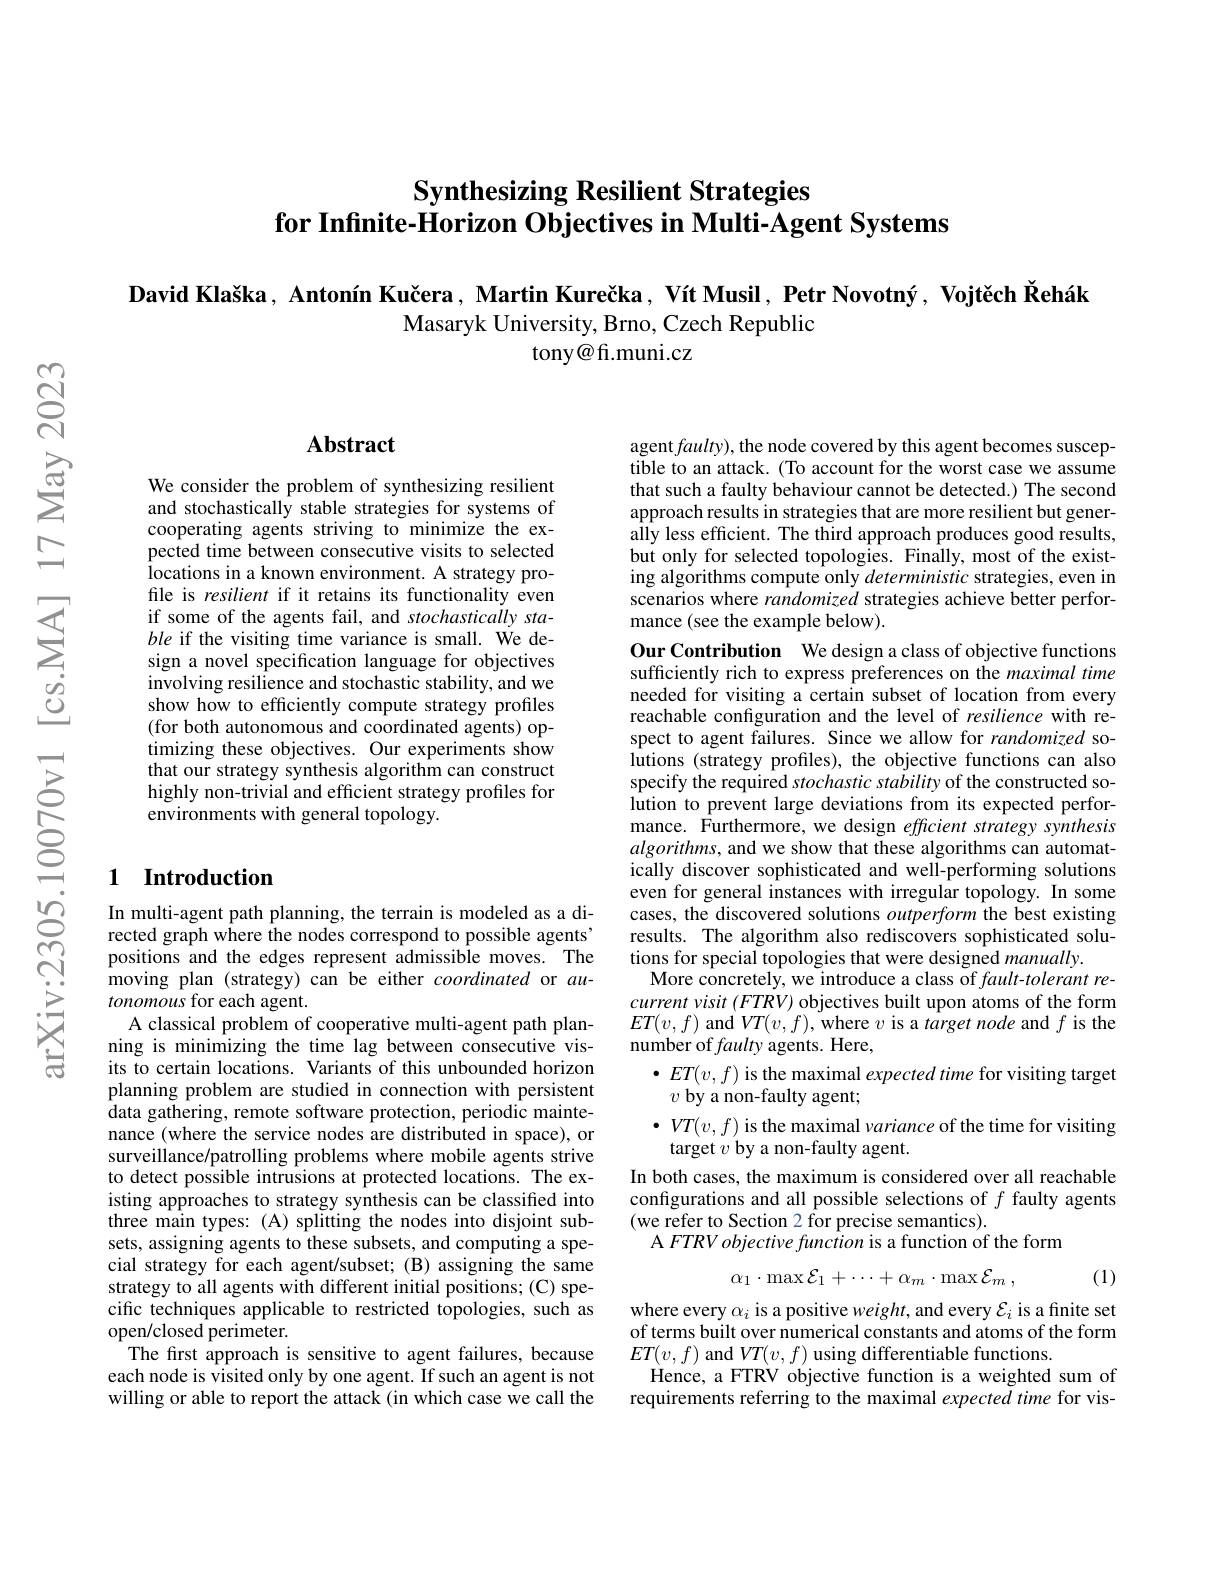
# Synthesizing Resilient Strategies for Infinite-Horizon Objectives in Multi-Agent Systems

David Klaška, Antonín Kučera, Martin Kurečka, Vít Musil, Petr Novotný, Vojtëch Šehák
Masaryk University, Brno, Czech Republic
tony@ fi.muni.cz

## Abstract

We consider the problem of synthesizing resilient and stochastically stable strategies for systems of cooperating agents striving to minimize the expected time between consecutive visits to selected locations in a known environment. A strategy profile is resilient if it retains its functionality even if some of the agents fail, and stochastically stable if the visiting time variance is small. We design a novel specification language for objectives involving resilience and stochastic stability, and we show how to efficiently compute strategy profiles (for both autonomous and coordinated agents) optimizing these objectives. Our experiments show that our strategy synthesis algorithm can construct highly non-trivial and efficient strategy profiles for environments with general topology.

## 1 Introduction

In multi-agent path planning, the terrain is modeled as a directed graph where the nodes correspond to possible agents' positions and the edges represent admissible moves. The moving plan (strategy) can be either coordinated or $au-$ tonomous for each agent.
A classical problem of cooperative multi-agent path planning is minimizing the time lag between consecutive visits to certain locations. Variants of this unbounded horizon planning problem are studied in connection with persistent data gathering, remote software protection, periodic maintenance (where the service nodes are distributed in space), or surveillance/patrolling problems where mobile agents strive to detect possible intrusions at protected locations. The existing approaches to strategy synthesis can be classified into three main types: (A) splitting the nodes into disjoint subsets, assigning agents to these subsets, and computing a special strategy for each agent/subset; (B) assigning the same strategy to all agents with different initial positions; (C) specific techniques applicable to restricted topologies, such as open/closed perimeter.
The first approach is sensitive to agent failures, because each node is visited only by one agent. If such an agent is not willing or able to report the attack (in which case we call the

agent $faulty)$, the node covered by this agent becomes susceptible to an attack. (To account for the worst case we assume that such a faulty behaviour cannot be detected.) The second approach results in strategies that are more resilient but generally less efficient. The third approach produces good results, but only for selected topologies. Finally, most of the existing algorithms compute only deterministic strategies, even in scenarios where randomized strategies achieve better performance (see the example below).

Our Contribution We design a class of objective functions sufficiently rich to express preferences on the maximal time needed for visiting a certain subset of location from every reachable configuration and the level of resilience with respect to agent failures. Since we allow for randomized solutions (strategy profiles), the objective functions can also specify the required stochastic stability of the constructed solution to prevent large deviations from its expected performance. Furthermore, we design efficient strategy synthesis $algorithms$, and we show that these algorithms can automatically discover sophisticated and well-performing solutions even for general instances with irregular topology. In some cases, the discovered solutions outperform the best existing results. The algorithm also rediscovers sophisticated solutions for special topologies that were designed manually.
More concretely, we introduce a class of $fault-tolerant$ recurrent visit $(FTRV)$ objectives built upon atoms of the form $ET(v,f)$ and $VT(v,f)$,where $v$ is a target node and $f$ is the number of faulty agents. Here,
$\bullet ET(v,f)$ is the maximal expected time for visiting target
$v$ by a non-faulty agent;
$\bullet VT(v,f)$ is the maximal variance of the time for visiting
target $v$ by a non-faulty agent.
In both cases, the maximum is considered over all reachable configurations and all possible selections of $f$ faulty agents (we refer to Section 2 for precise semantics).
A FTRV objective function is a function of the form
$$\alpha_1\cdot\max\mathcal{E}_1+\cdots+\alpha_m\cdot\max\mathcal{E}_m\:,$$
(1)

where every $\alpha_i$ is a positive weight, and every $\mathcal{E}_i$ is a finite set of terms built over numerical constants and atoms of the form $ET(v,f)$ and $VT(v,f)$ using differentiable functions.
Hence, a FTRV objective function is a weighted sum of requirements referring to the maximal expected time for vis-